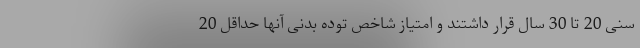
سنی 20 تا 30 سال قرار داشتند و امتیاز شاخص توده بدنی آنها حداقل 20